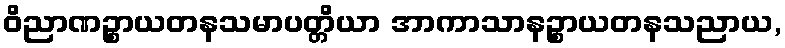
ဝိညာဏဉ္စာယတနသမာပတ္တိယာ အာကာသာနဉ္စာယတနသညာယ,